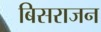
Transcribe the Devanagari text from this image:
बिसराजन